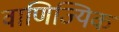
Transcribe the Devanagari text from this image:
वाणिज्यिक